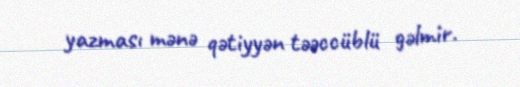
yazması mənə qətiyyən təəccüblü gəlmir.